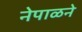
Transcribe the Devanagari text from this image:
नेपाळने